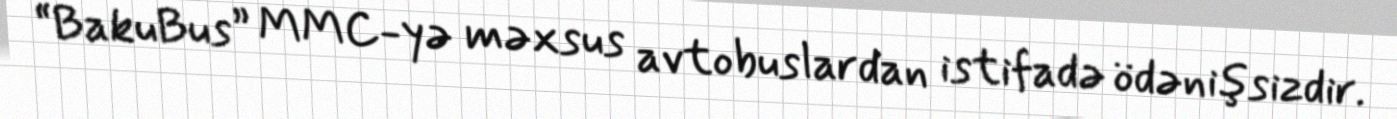
“BakuBus” MMC-yə məxsus avtobuslardan istifadə ödənişsizdir.